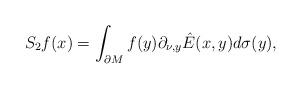
LaTeX: \begin{align*}S_2f(x)=\int_{\partial M} f(y)\partial_{\nu,y}\hat{E}(x,y)d\sigma(y),\end{align*}